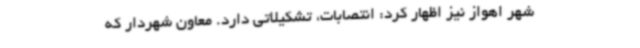
شهر اهواز نیز اظهار کرد: انتصابات، تشکیلاتی دارد. معاون شهردار که